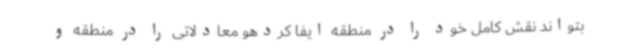
بتواند نقش کامل خود را در منطقه ایفا کردهو معادلاتی را در منطقه و